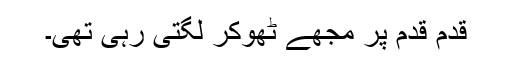
قدم قدم پر مجھے ٹھوکر لگتی رہی تھی۔